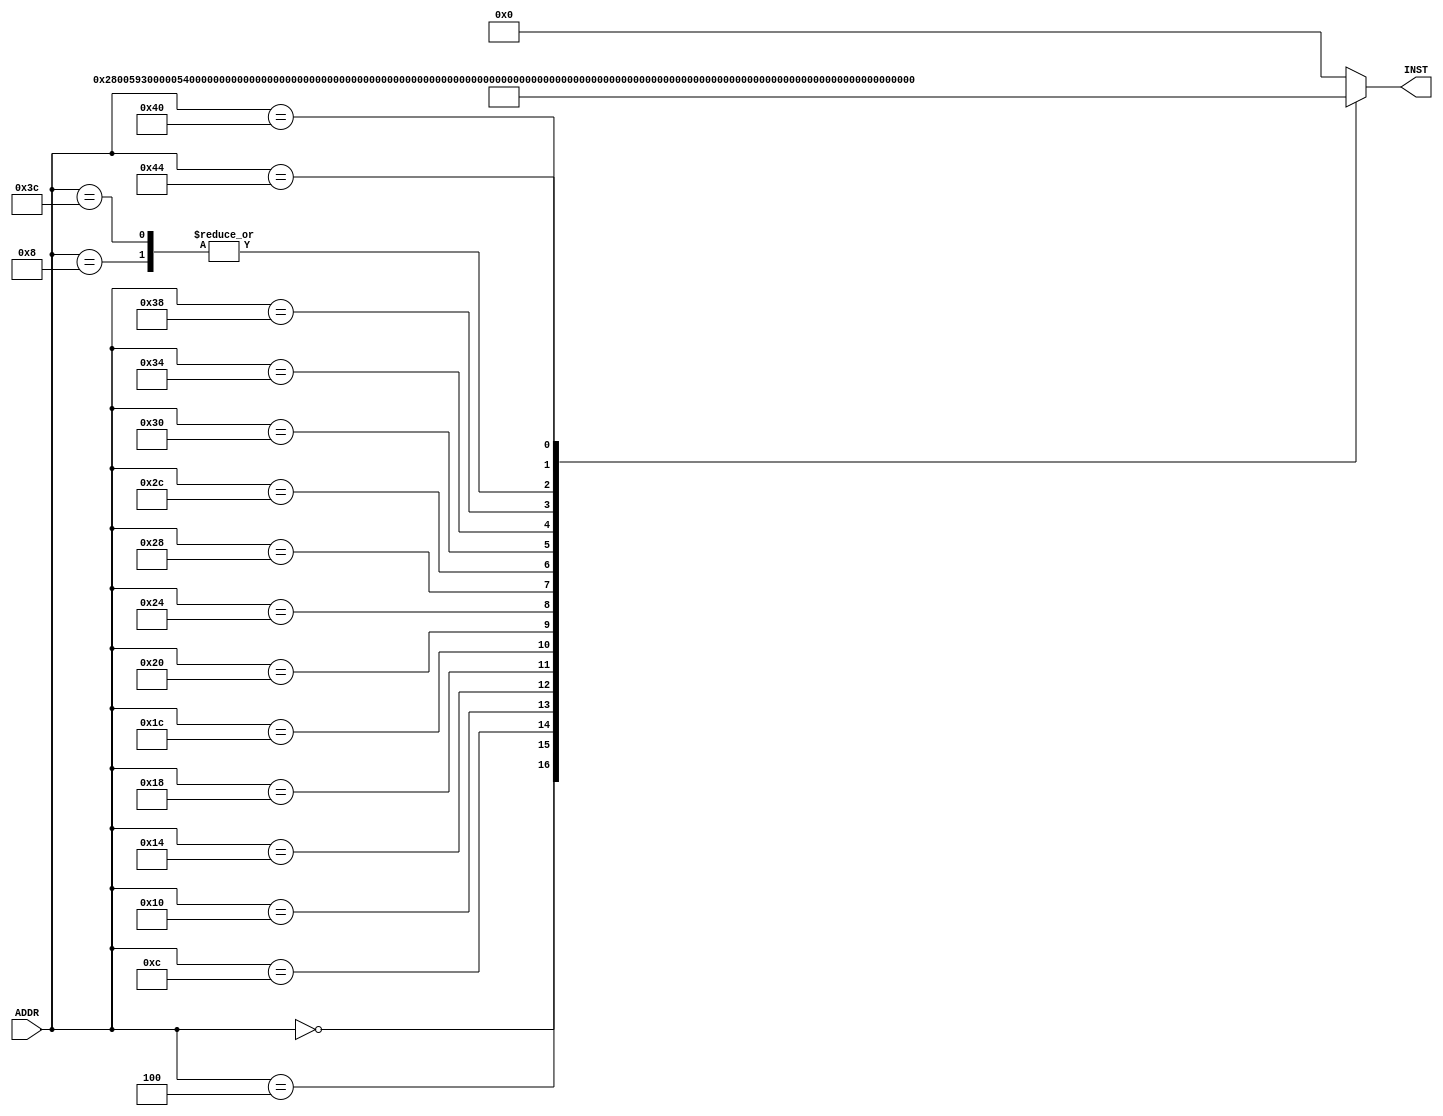
module Vr_inst_mem(ADDR, INST);
  input [31:0] ADDR;
  output reg [31:0] INST;

  always @ (ADDR)
  begin
    case(ADDR)
        0: INST = 32'h02800593;
        4: INST = 32'h00000533; //add a0, zero, zero
        8: INST = 32'h00000333; //  addt1, zero, zero 
       12: INST = 32'h000002b3; //add t0, zero, zero 
       16: INST = 32'H006003B3; //add  t2, zero, t1  
       20: INST = 32'h00430313; //addi  t1, t1, 4  
       24: INST = 32'h00530e33; //add t3, t1, t0   
       28: INST = 32'h04be0063; //beq t3, a1, .TLOOP  
       32: INST = 32'h000000ea; //lwa0, 0(t2)
       36: INST = 32'h000010ec; //  lw a2, 4(t2)
       40: INST = 32'h00a64863; //  blt a2, a0, .SWAP  
       44: INST = 32'hfcb344e3; //bltt1, a1, .LOOP   
       48: INST = 32'h00a3a223; //  sw a0, 4(t2)  
       52: INST = 32'h00c3a023; //  sw a2, 0(t2)
       56: INST = 32'hfaa648e3; //  blt a2, a0, .LOOP
       60: INST = 32'h00000333; //addt1, zero, zero  
       64: INST = 32'h00428293; //addi t0, t0, 4  
       68: INST = 32'hf8b2cce3; //  blt to, a1, .LOOP
      //  68: INST = 32'h00a54533; //xor a0, a0, a0
      //  72: INST = 32'h00008067; //jalrzero, 0(ra)
        default: INST = 32'h00000000;

    endcase
  end
endmodule